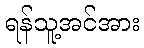
ရန်သူ့အင်အား